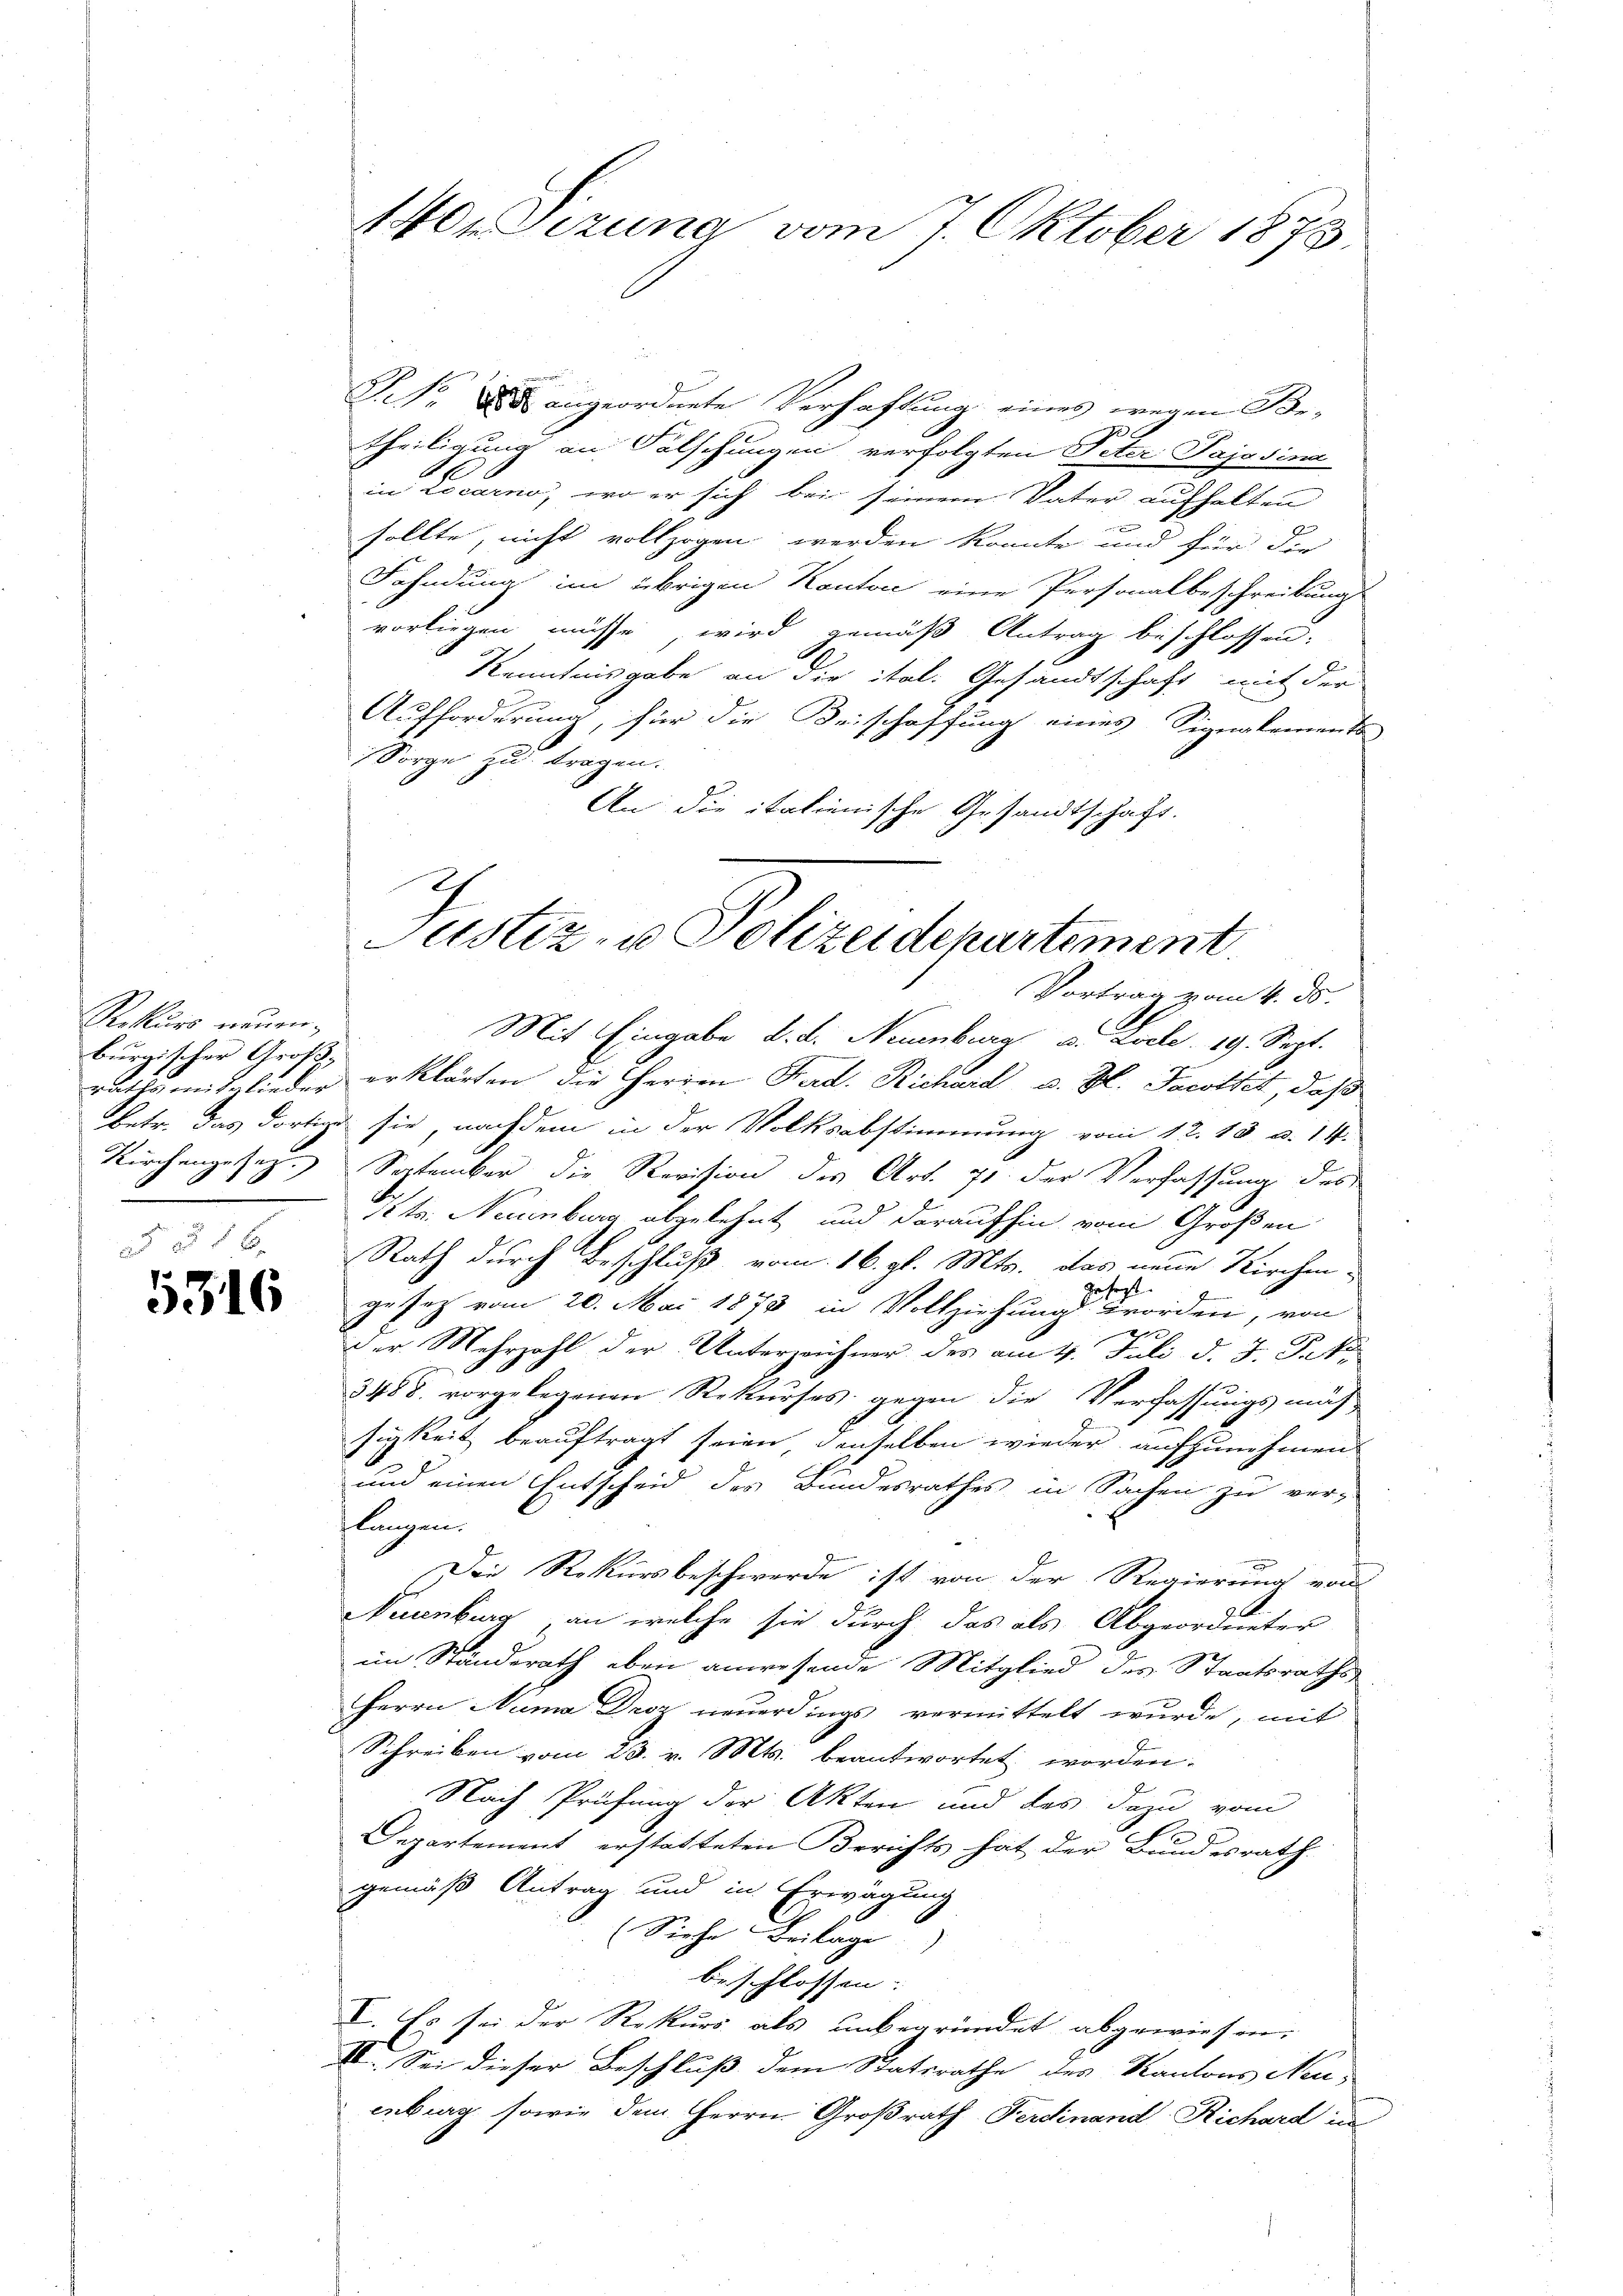
Rekurs neuen.
burgischer Groß¬
2

5316

N. 8 angeordnete Verhaftung eines wegen Be-
theiligung an Falschungen verfolgten Peter Pajasina
1
in Locarno, wo er sich bei seinem Vater aufhalten
b
sollte, nicht vollzogen werden könnte und für die
Fahndung im übrigen Kanton eine Personalbeschreibung
vorliegen müsse wird gemäß Antrag beschlossen,
Kenntnisgabe an die ital. Gesandtschaft mit der
Aufforderung, für die Beischaffung eines Signalements
Sorge zu tragen.
An die italienische Gesandtschaft.
Vortrag vom 4. ds.
Mit Eingabe d. d. Neuenburg u. Ziele. 19. Sept.
raths mitglieder erklärten die Herren Frad. Richard u. H. Jacottet, daß
betr. das dortige sie, nachdem in der Volksabstimmung vom 12. 13. v. 14.
E
Kirchengesez. September die Revision des Art. 71. der Verfassung des
Str. Neuenburg abgelehnt und daraufhin vom Großen
Rath durch Beschluß vom 16. gl. Mts. das neue Kirchengesezt.
gesetz vom 20. Mai 1873 in Vollziehung worden, von
2
Der Mehrzahl der Unterzeichner des am 4. Juli d. J. Pet
3488. vorgelegenen Rekurses gegen die Verfassungsmäs
sigkeit beauftragt seien denselben wieder aufzunehmen.
und einen Entscheid des Bundesrathes in Sachen zu ver-
flanzen.
Die Rekursbeschwerde ist von der Regierung von
Nuenburg, an welche sie durch das als Abgeordneter
im Standerath eben anwesende Mitglied des Staatsraths
Herrn Numa Decz neŭerdings vermittelt wŭrde, mit
Schreiben vom 23. v. Mts. beantwortet worden.
Nach Prüfung der Akten und des dazu vom
Departement erstatteten Berichts hat der Bundesrath
gemäß Antrag und in Erwägung
(Siehe Beilage
beschlossen.
I. Es sei der Rekurs als unbegründet abgewiesen.
II. Sei dieser Beschluß dem Statsrathe des Kantons Neuenburg sowie dem Herrn Großrath Ferdinand Richard in

10Sezung vom 7. Oktober 1873.

Justiz- u Polizeidepartement.